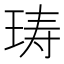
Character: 𰡽